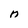
Character: n